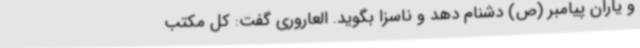
و یاران پیامبر (ص) دشنام دهد و ناسزا بگوید. العاروری گفت: کل مکتب